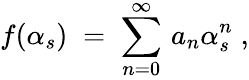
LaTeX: f(\alpha_{s})\; =\; \sum_{n=0}^{\infty}\, a_{n}\alpha_{s}^{n}\; ,